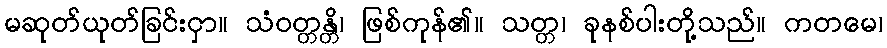
မဆုတ်ယုတ်ခြင်းငှာ။ သံဝတ္တန္တိ၊ ဖြစ်ကုန်၏။ သတ္တ၊ ခုနစ်ပါးတို့သည်။ ကတမေ၊